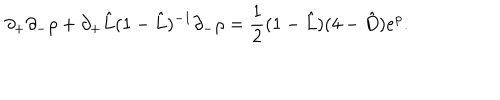
LaTeX: \partial _ { + } \partial _ { - } \rho + \partial _ { + } \hat { L } ( 1 - \hat { L } ) ^ { - 1 } \partial _ { - } \rho = \frac { 1 } { 2 } ( 1 - \hat { L } ) ( 4 - \hat { D } ) e ^ { \rho } .